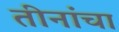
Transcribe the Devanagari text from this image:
तीनांचा